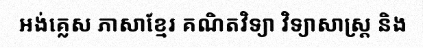
អង់គ្លេស ភាសាខ្មែរ គណិតវិទ្យា វិទ្យាសាស្ត្រ និង